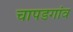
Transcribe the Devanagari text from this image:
चापडगांव